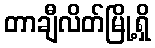
တာချီလိတ်မြို့ရှိ